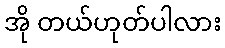
အို တယ်ဟုတ်ပါလား